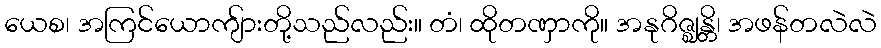
ယေစ၊ အကြင်ယောကျ်ားတို့သည်လည်း။ တံ၊ ထိုတဏှာကို။ အနုဂိဇ္ဈန္တိ၊ အဖန်တလဲလဲ